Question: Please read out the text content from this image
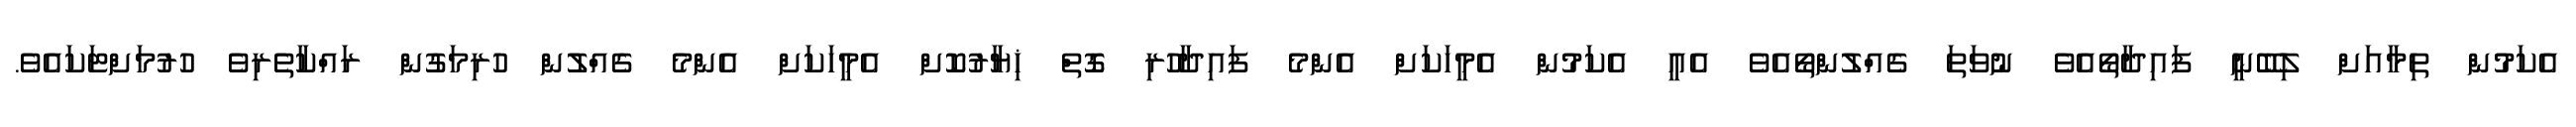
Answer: އެކަމުން ތިމާއަށް ލިބޭނީ ފައިދާތޯއެވެ ނުވަތަ ގެއްލުންތޯއެވެ އެއީ އެކަމުން އެމީހަކަށް އެންމެ ފައިދާހުރި ގޮތް ޚިޔާރުކޮށް އެމީހަކަށް އެންމެ ގެއްލުން ހުރިމަގުން ރައްކާތެރިވެ ހުރުމަށްޓަކައެވެ.